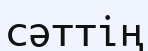
сәттің